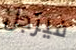
فيرجل